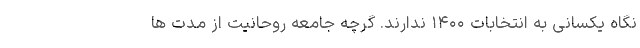
نگاه یکسانی به انتخابات ۱۴۰۰ ندارند. گرچه جامعه روحانیت از مدت ها